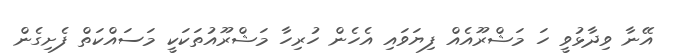
އޭނާ ވިދާޅުވީ ހަ މަޝްރޫއެއް ފިޔަވައި އެހެން ހުރިހާ މަޝްރޫއުތަކަކީ މަސައްކަތް ފެށިގެން